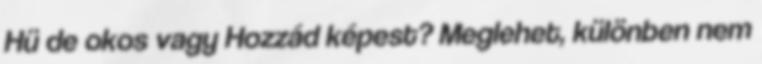
Hü de okos vagy Hozzád képest? Meglehet, különben nem